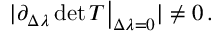
\begin{array} { r } { \vert \partial _ { \Delta \lambda } \operatorname* { d e t } T \big \rvert _ { \Delta \lambda = 0 } \vert \neq 0 \, . } \end{array}